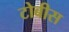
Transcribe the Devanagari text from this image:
टोबीस